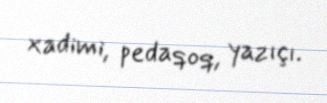
xadimi, pedaqoq, yazıçı.